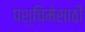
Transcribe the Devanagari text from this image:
पश्चिमेसाठी